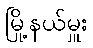
မြို့နယ်မှူး